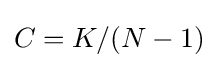
C=K/(N-1)